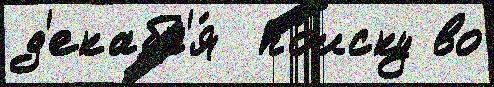
д'екабр'я́  по́иску во